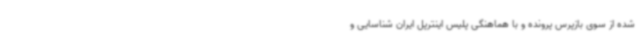
شده از سوی بازپرس پرونده و با هماهنگی پلیس اینترپل ایران شناسایی و